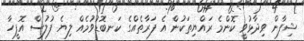
ޝިފާން ވިދާޅުވީ ކޮންމެ ރައްޔިތަކުން އެ ފަރާތެއްގެ ކަނބޮޑުވުމެއް ލިޔެ ފުލުސް އޮފީހާ